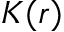
K ( r )